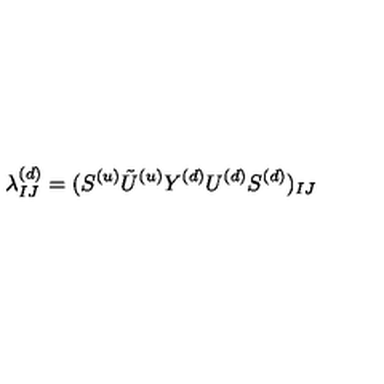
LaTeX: \lambda _ { I J } ^ { ( d ) } = ( S ^ { ( u ) } { \tilde { U } ^ { ( u ) } } Y ^ { ( d ) } U ^ { ( d ) } S ^ { ( d ) } ) _ { I J }